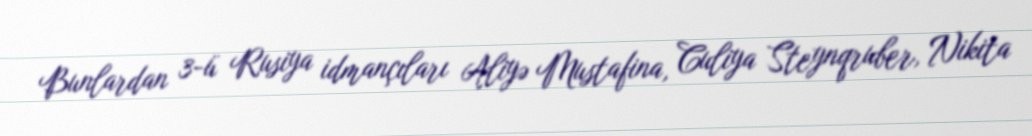
Bunlardan 3-ü Rusiya idmançıları Aliyə Mustafina, Culiya Steynqruber, Nikita